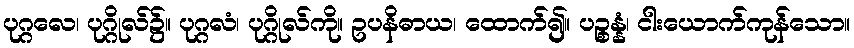
ပုဂ္ဂလေ၊ ပုဂ္ဂိုလ်၌။ ပုဂ္ဂလံ၊ ပုဂ္ဂိုလ်ကို။ ဥပနိဓာယ၊ ထောက်၍။ ပဉ္စန္နံ၊ ငါးယောက်ကုန်သော။